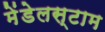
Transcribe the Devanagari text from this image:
मेंडेलस्टाम